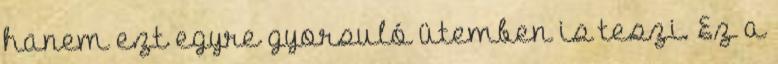
hanem ezt egyre gyorsuló ütemben is teszi. Ez a